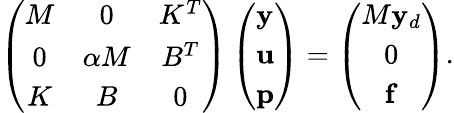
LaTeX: \left(\begin{array}{ccc}{M}&{0}&{K^{T}}\\ {0}&{\alpha M}&{B^{T}}\\ {K}&{B}&{0}\end{array}\right)\left(\begin{array}{l}{\mathbf{y}}\\ {\mathbf{u}}\\ {\mathbf{p}}\end{array}\right)=\left(\begin{array}{c}{M\mathbf{y}_{d}}\\ {0}\\ {\mathbf{f}}\end{array}\right).